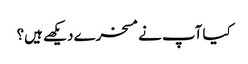
کیا آپ نے مسخرے دیکھے ہیں؟